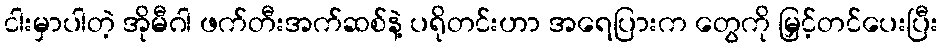
ငါးမှာပါတဲ့ အိုမီဂါ ဖက်တီးအက်ဆစ်နဲ့ ပရိုတင်းဟာ အရေပြားက တွေကို မြှင့်တင်ပေးပြီး